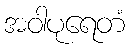
အဝါပုရေတံ